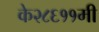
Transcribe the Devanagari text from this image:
के२८६११मी